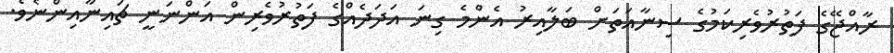
ރާއްޖޭގެ ފަތުރުވެރިކަމުގެ ސިނާއަތަށް ބަލާއިރު އެންމެ ގިނަ އަދަދެއްގެ ފަތުރުވެރިން އަންނަނީ ޗައިނާއިންނެވެ.